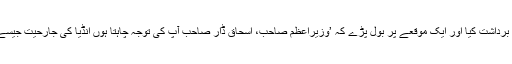
مولانا نے پانچ دس منٹ اس کو برداشت کیا اور ایک موقعے پر بول پڑے کہ ’وزیراعظم صاحب، اسحاق ڈار صاحب آپ کی توجہ چاہتا ہوں انڈیا کی جارحیت جیسے اہم مسئلے پر بات کر رہا ہوں۔